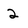
Character: 2